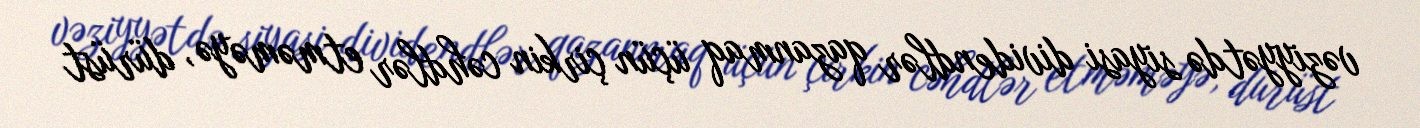
vəziyyətdə siyasi dividendlər qazanmaq üçün çirkin cəhdlər etməməyə, dürüst